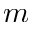
m